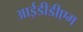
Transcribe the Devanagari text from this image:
आईडीडीएम